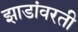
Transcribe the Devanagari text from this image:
झाडांवरती